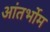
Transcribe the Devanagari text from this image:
आंतर्भोम